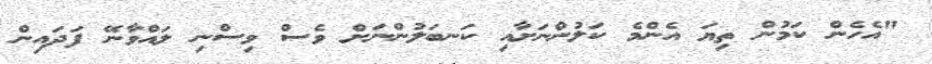
"އެހެން ކަމުން ތިޔަ އެންމެ ކަލުންނަށާއި ކަނބަލުންނަށް ވެސް ވިސްނި ލައްވާނޭ ފަދައިން